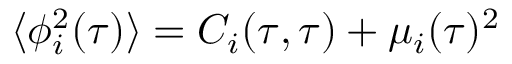
\langle \phi _ { i } ^ { 2 } ( \tau ) \rangle = C _ { i } ( \tau , \tau ) + \mu _ { i } ( \tau ) ^ { 2 }